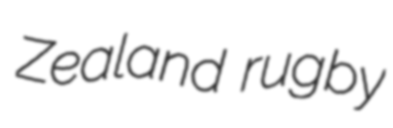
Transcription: Zealand rugby